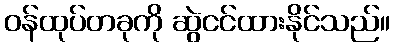
ဝန်ထုပ်တခုကို ဆွဲငင်ထားနိုင်သည်။